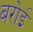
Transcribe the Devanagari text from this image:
बरोई